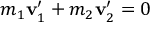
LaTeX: m _ { 1 } \mathbf { v } _ { 1 } ^ { \prime } + m _ { 2 } \mathbf { v } _ { 2 } ^ { \prime } = { \boldsymbol { 0 } }